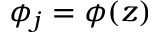
\phi _ { j } = \phi ( z )